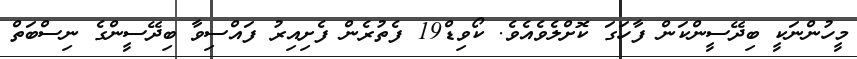
މީހުންނަކީ ބިދޭސީންކަން ފާހަގަ ކޮށްލެވެއެވެ. ކޯވިޑް19 ފެތުރެން ފެށިއިރު ފައްސިވާ ބިދޭސީންގެ ނިސްބަތް